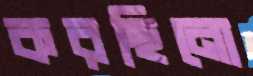
করছিনো